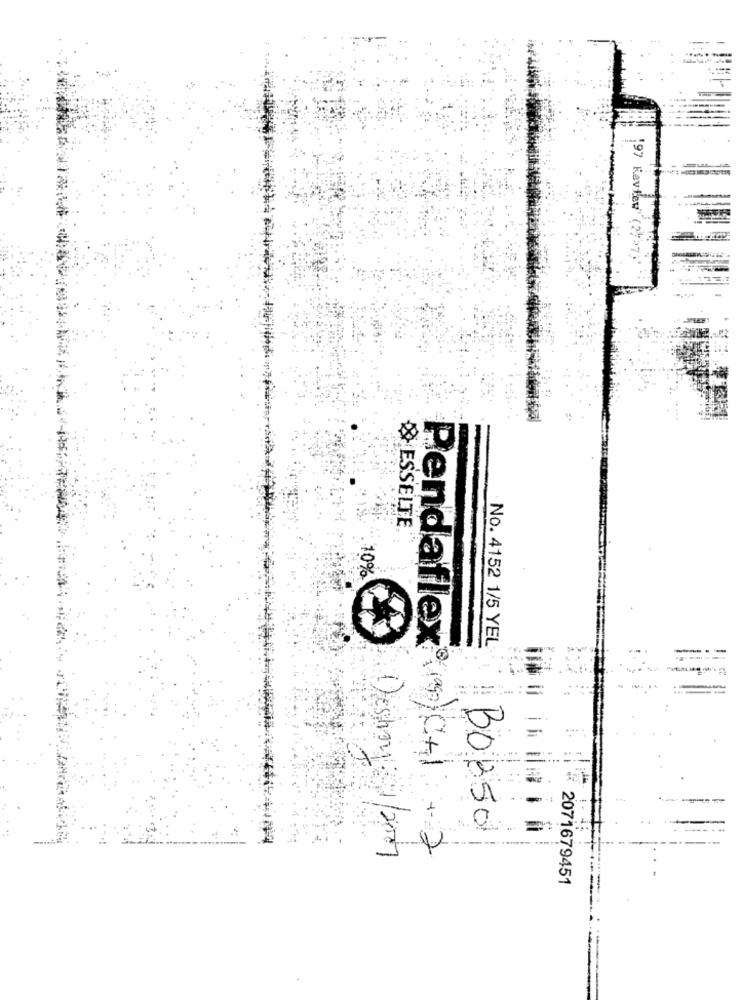
197 Kaview" (2,57
& ESSELTE
10%
No. 4152 1/5 YEL
30350
Pendaflex®( CA) + 2
Destiny 1/2017
2071679451